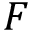
F